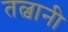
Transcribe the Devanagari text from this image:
तल्वानी